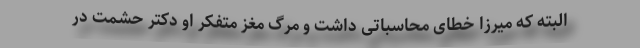
البته که میرزا خطای محاسباتی داشت و مرگ مغز متفکر او دکتر حشمت در